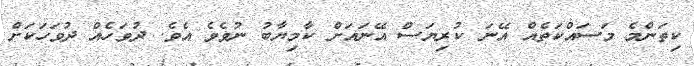
ކިތަންމެ މަސައްކަތެއް އޭނަ ކުރިޔަސް އޭނައަށް ކާމިޔާބު ނުވެވެ އެވެ. ދުވަހެއް ދުވަހަކަށް